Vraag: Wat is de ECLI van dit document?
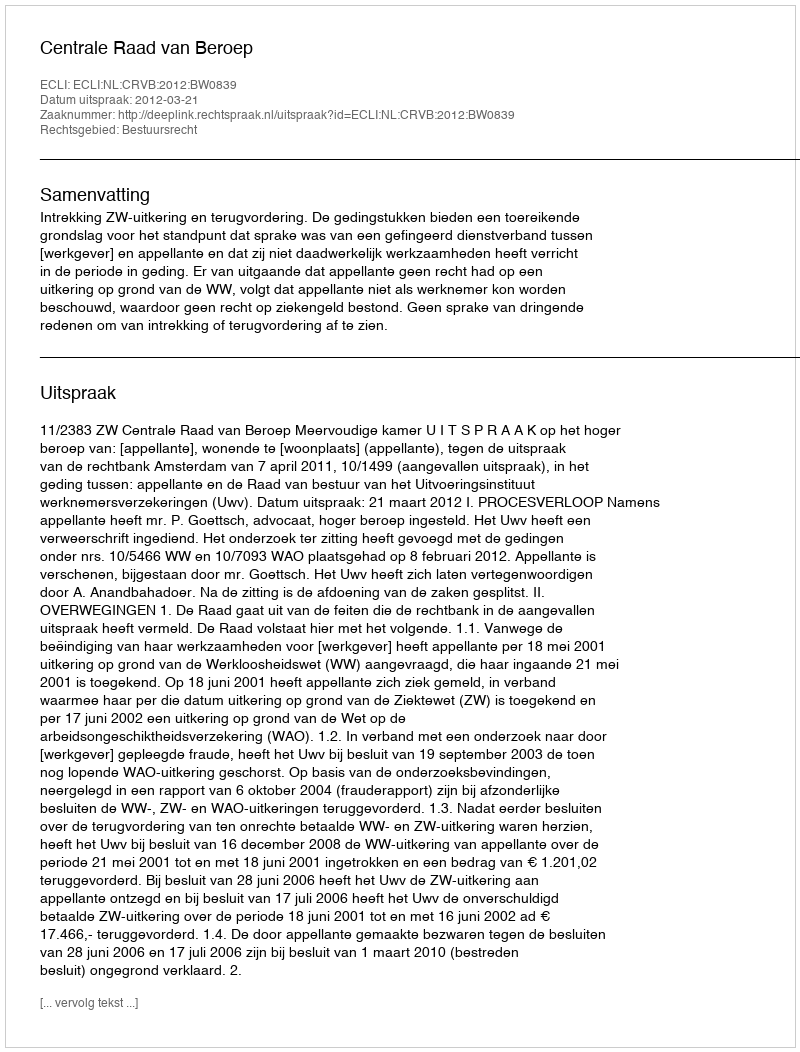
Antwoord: ECLI:NL:CRVB:2012:BW0839